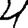
Digit: 4